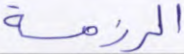
الرزمة